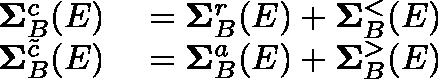
\begin{array} { r l } { \mathbf { \Sigma } _ { B } ^ { c } ( E ) } & { { } = \mathbf { \Sigma } _ { B } ^ { r } ( E ) + \mathbf { \Sigma } _ { B } ^ { < } ( E ) } \\ { \mathbf { \Sigma } _ { B } ^ { \tilde { c } } ( E ) } & { { } = \mathbf { \Sigma } _ { B } ^ { a } ( E ) + \mathbf { \Sigma } _ { B } ^ { > } ( E ) } \end{array}